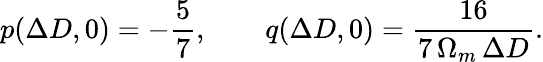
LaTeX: p(\Delta D,0)=-\frac{5}{7},\qquad q(\Delta D,0)=\frac{16}{7\, \Omega_{m}\, \Delta D}.